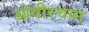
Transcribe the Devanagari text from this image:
ओवीरचना